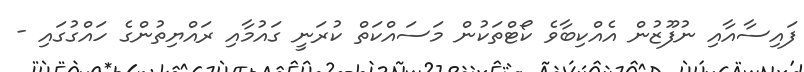
ފައިސާއާއި ނުފޫޒުން އެއްކިބާވެ ކޯޓްތަކުން މަސައްކަތް ކުރަނީ ގައުމާއި ރައްޔިތުންގެ ހައްގުގައި -